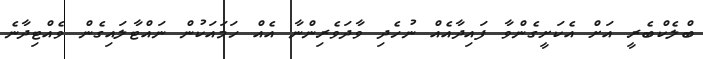
ބްލެކްބެރީ އަށް އެކަށީގެންވާ ފައިދާއެއް ނުހެދި ވާދަވެރިންނާ އެއް ހަމައަކުން ނައްޓާލައިގެން ވެއްޓިދާނެ